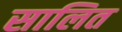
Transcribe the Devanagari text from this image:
सालित